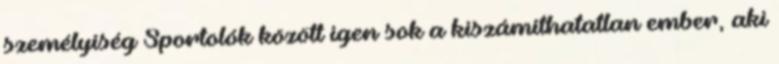
személyiség Sportolók között igen sok a kiszámíthatatlan ember, aki